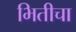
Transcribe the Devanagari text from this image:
भितीचा